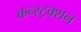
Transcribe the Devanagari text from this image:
कन्‍स्‍ट्रक्‍शन